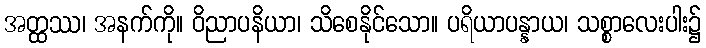
အတ္ထဿ၊ အနက်ကို။ ဝိညာပနိယာ၊ သိစေနိုင်သော။ ပရိယာပန္နာယ၊ သစ္စာလေးပါး၌